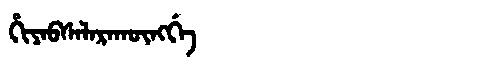
Manchu: ᡥᡳᠶᠠᠪᠰᠠᠯᠠᡵᠠᡴᡡᠩᡤᡝ
Romanization: HIYABSALARAKŪNGGE